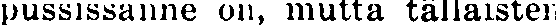
pussissanne on, mutta tällaisten